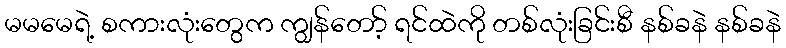
မမမေရဲ့ စကားလုံးတွေက ကျွန်တော့် ရင်ထဲကို တစ်လုံးခြင်းစီ နစ်ခနဲ နစ်ခနဲ